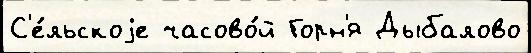
С'е́льскоjе часово́й Горн'я Дыбалово